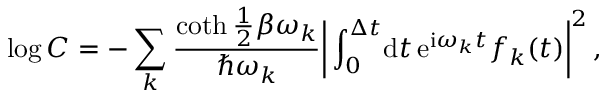
\log C = - \sum _ { k } \frac { \coth \frac 1 2 \beta \omega _ { k } } { \hbar \omega _ { k } } \bigg \vert \int _ { 0 } ^ { \Delta t } \! \mathrm { d } t \, \mathrm { e } ^ { \mathrm { i } \omega _ { k } t } f _ { k } ( t ) \bigg \vert ^ { 2 } \, ,